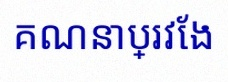
គណនាប្រវែង